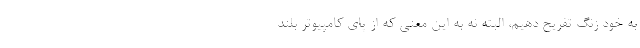
به خود زنگ تفریح دهیم، البته نه به این معنی که از پای کامپیوتر بلند